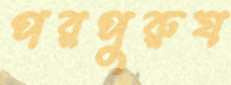
পরপুরুষ